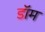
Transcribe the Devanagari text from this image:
डाॅम